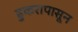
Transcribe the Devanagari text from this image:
डुकरापासून